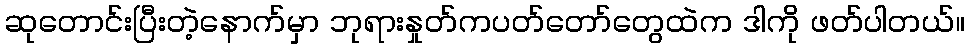
ဆုတောင်းပြီးတဲ့နောက်မှာ ဘုရားနှုတ်ကပတ်တော်တွေထဲက ဒါကို ဖတ်ပါတယ်။